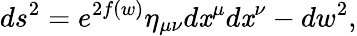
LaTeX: ds^{2}=e^{2f(w)}\eta_{\mu\nu}d\mathit{x}^{\mu}d\mathit{x}^{\nu}-dw^{2},